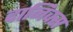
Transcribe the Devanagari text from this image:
दानिक्स